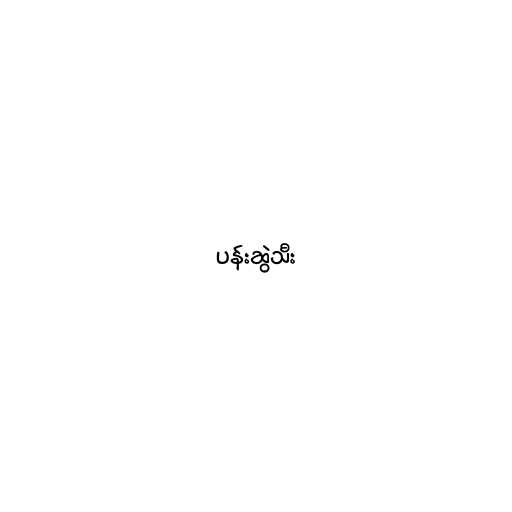
ပန်းဆွဲသီး